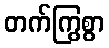
တက်ကြွစွာ